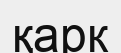
қарк